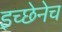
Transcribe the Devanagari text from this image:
इच्छेनेच